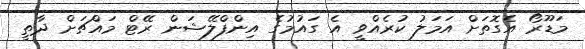
މަޑޫރޯ އެގޮތަށް އަމަލު ކުރެއްވީ އެ ގައުމުގެ އިންފްލޭޝަން ރޭޓް މައްޗަށް ދާތީ